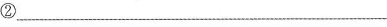
② ——